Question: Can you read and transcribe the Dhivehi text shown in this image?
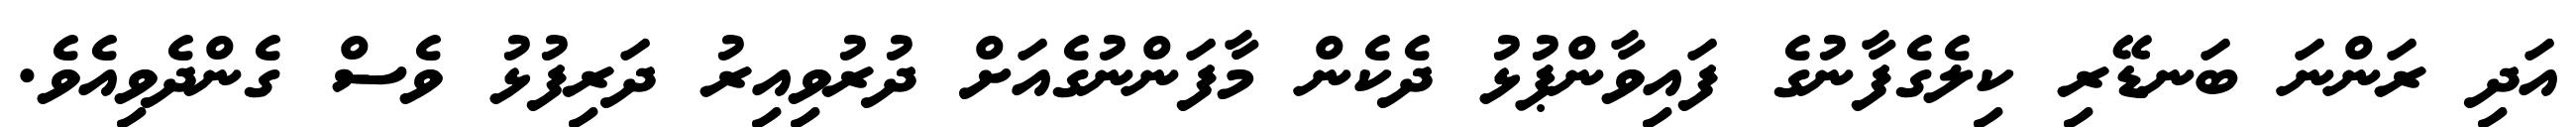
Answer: އަދި ރަންނަ ބަނޑޭރި ކިލެގެފާނުގެ ފައިވާންޕުޅު ދެކެން މާފަންނުގެއަށް ދުރުވިއިރު ދަރިފުޅު ވެސް ގެންދެވިއެވެ.